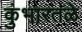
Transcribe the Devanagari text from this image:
कुंभारतळे